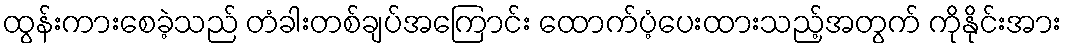
ထွန်းကားစေခဲ့သည် တံခါးတစ်ချပ်အကြောင်း ထောက်ပံ့ပေးထားသည့်အတွက် ကိုနိုင်းအား